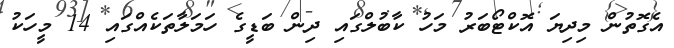
އެގޮތުން މިދިޔަ އޮކްޓޯބަރު މަހު ކާބުލްގައި ދިން ބަޑީގެ ހަމަލާތަކެއްގައި 14 މީހަކު